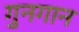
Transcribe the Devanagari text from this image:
गुनगान